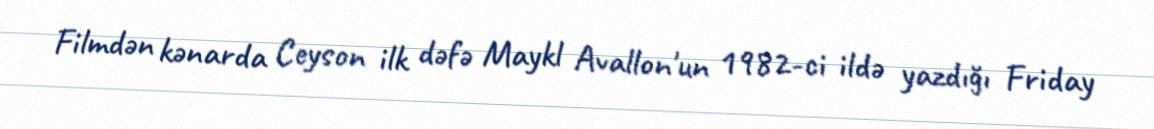
Filmdən kənarda Ceyson ilk dəfə Maykl Avallon'un 1982-ci ildə yazdığı Friday